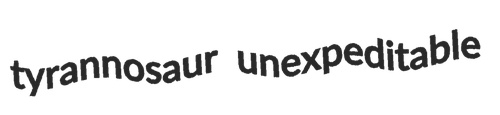
tyrannosaur unexpeditable